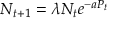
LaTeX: N _ { t + 1 } = \lambda N _ { t } e ^ { - a P _ { t } }